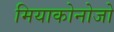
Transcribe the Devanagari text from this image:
मियाकोनोजो